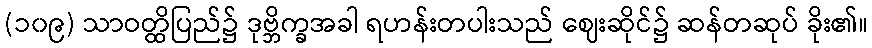
(၁၀၉) သာဝတ္ထိပြည်၌ ဒုဗ္ဘိက္ခအခါ ရဟန်းတပါးသည် ဈေးဆိုင်၌ ဆန်တဆုပ် ခိုး၏။